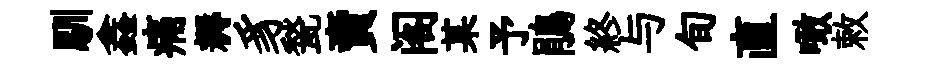
馴鑫痛耨豸甃賣阁某予鵑終与旬直噉敕